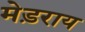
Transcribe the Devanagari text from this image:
मेड़राय